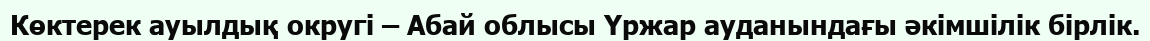
Көктерек ауылдық округі – Абай облысы Үржар ауданындағы әкімшілік бірлік.